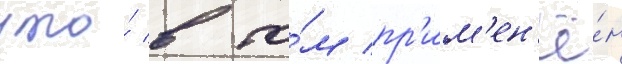
что́ в то́м пр'им'ен'ё́н